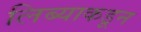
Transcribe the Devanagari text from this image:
लिब्याकडून